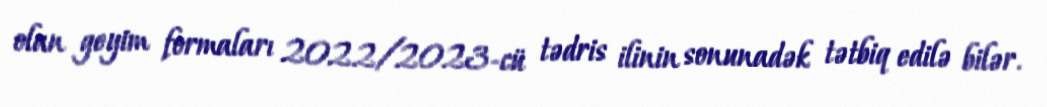
olan geyim formaları 2022/2023-cü tədris ilinin sonunadək tətbiq edilə bilər.